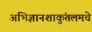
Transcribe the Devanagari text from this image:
अभिज्ञानशाकुंतलमचे